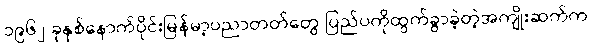
၁၉၆၂ ခုနှစ်နောက်ပိုင်းမြန်မာ့ပညာတတ်တွေ ပြည်ပကိုထွက်ခွာခဲ့တဲ့အကျိုးဆက်က